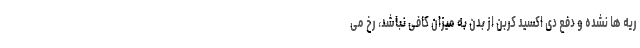
ریه ها نشده و دفع دی اکسید کربن از بدن به میزان کافی نباشد، رخ می